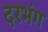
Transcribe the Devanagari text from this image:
दरभंग